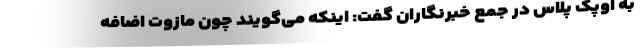
به اوپک پلاس در جمع خبرنگاران گفت: اینکه می‌گویند چون مازوت اضافه